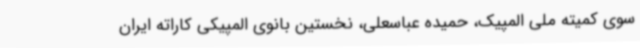
سوی کمیته ملی المپیک، حمیده عباسعلی، نخستین بانوی المپیکی کاراته ایران